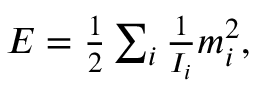
\begin{array} { r } { E = \frac 1 2 \sum _ { i } \frac { 1 } { I _ { i } } m _ { i } ^ { 2 } , } \end{array}